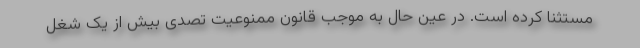
مستثنا کرده است. در عین حال به موجب قانون ممنوعیت تصدی بیش از یک شغل